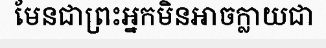
មែនជាព្រះអ្នកមិនអាចក្លាយជា